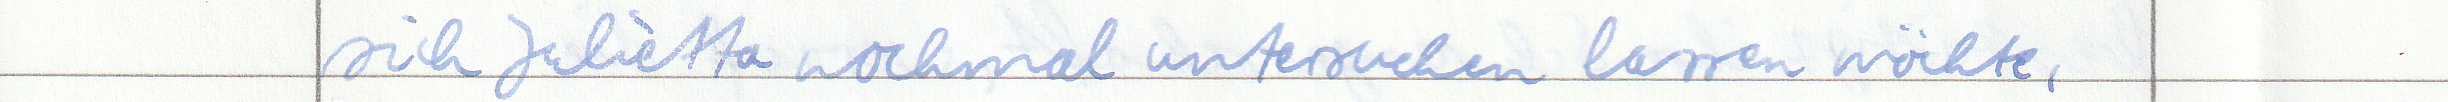
sich Julietta nochmal untersuchen lassen möchte,